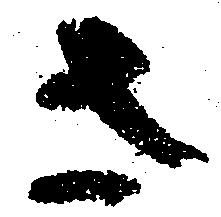
左